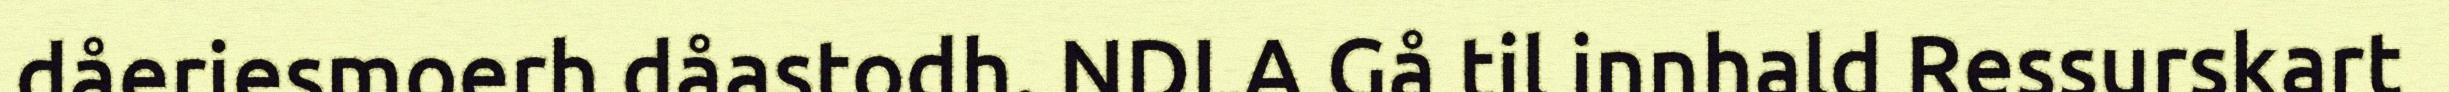
dåeriesmoerh dåastodh. NDLA Gå til innhald Ressurskart